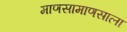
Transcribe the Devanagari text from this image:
माणसामाणसाला